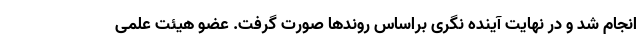
انجام شد و در نهایت آینده نگری براساس روندها صورت گرفت. عضو هیئت علمی